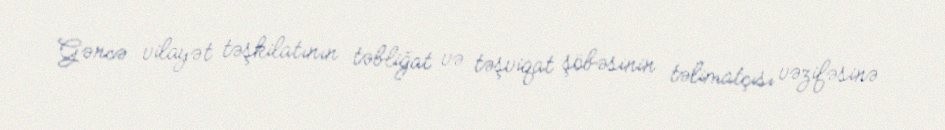
Gəncə vilayət təşkilatının təbliğat və təşviqat şöbəsinin təlimatçısı vəzifəsinə